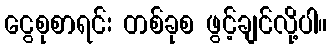
ငွေစုစာရင်း တစ်ခုစ ဖွင့်ချင်လို့ပါ။